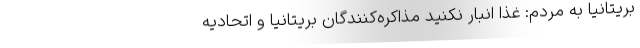
بریتانیا به مردم: غذا انبار نکنید مذاکره‌کنندگان بریتانیا و اتحادیه